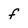
Character: f